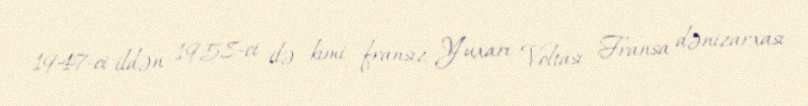
1947-ci ildən 1958-ci ilə kimi fransız Yuxarı Voltası Fransa dənizarxası